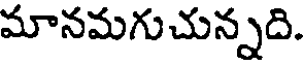
మానమగుచున్నది.